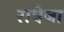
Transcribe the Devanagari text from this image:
राधेजा